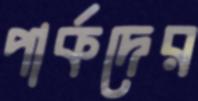
পার্কদের